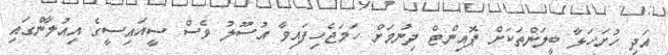
އަދި ހުށަހަޅާ ބީލަންތަކަށް ޕޮއިންޓް ދިނުމަށް ހަމަޖެހިފައިވާ އުސޫލު ވެސް ސީއައިސީގެ އިއުލާންގައި